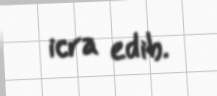
icra edib.